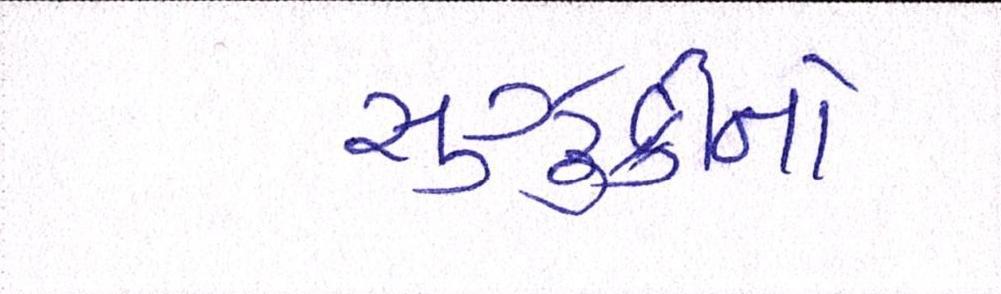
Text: સુઝુકીનો